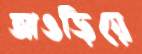
আওড়িয়ে